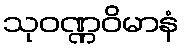
သုဝဏ္ဏဝိမာနံ